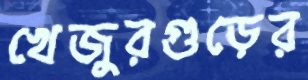
খেজুরগুড়ের